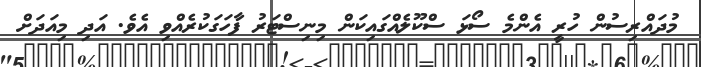
މުދައްރިސުން ހުރީ އެންމެ ސޯޅަ ސްކޫލެއްގައިކަން މިނިސްޓަރު ފާހަގަކުރެއްވި އެވެ. އަދި މިއަދަށް